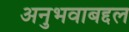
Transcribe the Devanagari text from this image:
अनुभवाबद्दल